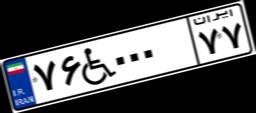
۷۶W۰۰۰۷۷